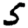
Digit: 5